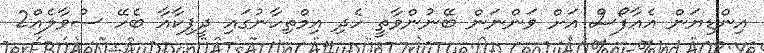
އިންޑިޔަން އެއާފޯސް އަށް ވަންނަން ބޭނުންވާތީ ހެދި އިމްތިހާނުގައި ދީޕިކާއާ ބެހޭ ސުވާލެއް2